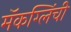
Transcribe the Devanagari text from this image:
मॅकग्लिंची